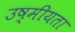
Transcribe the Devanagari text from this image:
उष्मीयता